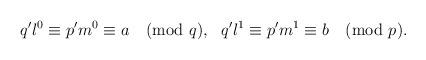
LaTeX: \begin{align*}\begin{aligned}q'l^0 &\equiv p'm^0 \equiv a \pmod{q}, & q'l^1 \equiv p'm^1 \equiv b \pmod{p}. \end{aligned}\end{align*}